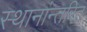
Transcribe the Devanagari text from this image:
स्थानांन्तरित